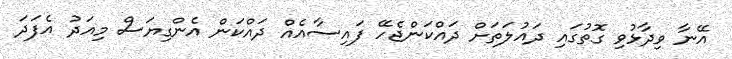
އޭނާ ވިދާޅުވި ގޮތުގައި ދައުލަތަށް ދައްކަންޖެހޭ ފައިސާއެއް ދައްކަން އެންގިޔަސް މިއަދު އެފަދަ